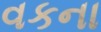
વકના